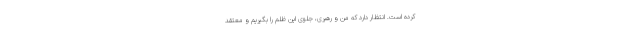
‌كرده است. انتظار دارد كه من و رهبرى، جلوی این ظلم را بگیریم و معتقد